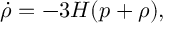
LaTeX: \dot { \rho } = - 3 H ( p + \rho ) ,